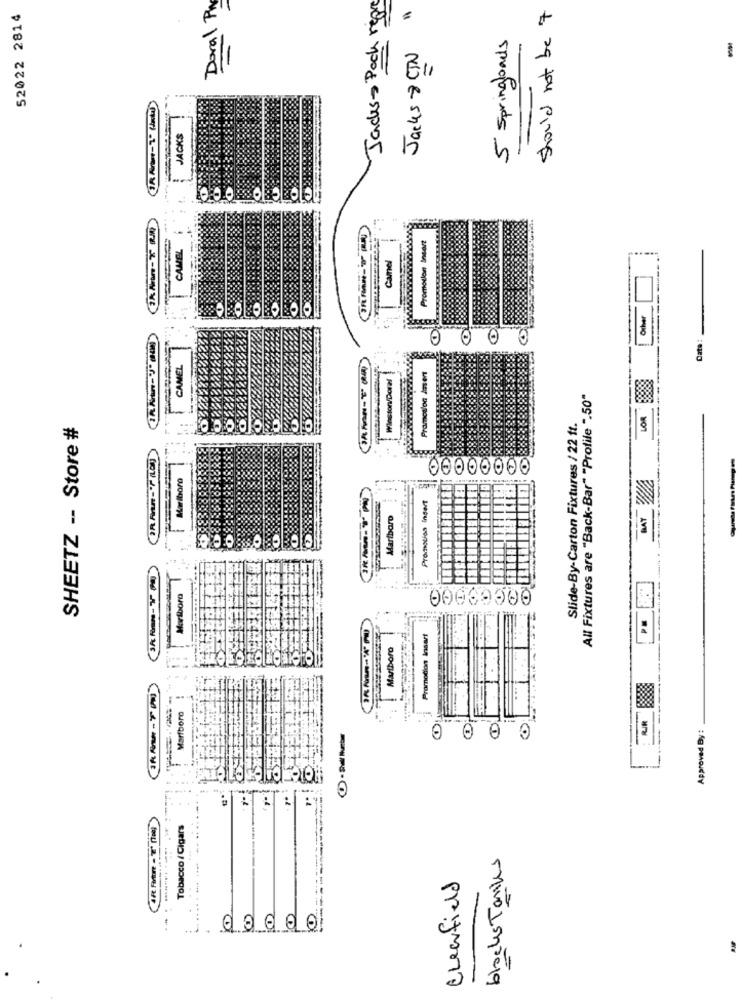
Deral Py
Jacks - Pack reps
should not be 7
52022 2814
5 Springloads
Jacks & CIN
-
JACKS
CIA Artnr-T RR.M.
Promotion Insert
CAMEL
Camel
.......
Oilver
O
Data
CAMEL
Promotion Assert
aston/Doral
LOR
-----
All Fixtures are "Back-Bar" "Prolife ".50"
Slide-By-Carton Fixtures / 22 ft.
SHEETZ -- Store #
00000000
Marlboro
BAY
Promotion Insert
Marlboro
Mariboro
00669300
Promotion Insert
Marlboro
Marlboro
O
O
Approved By :
5
0 000
Tobacco / Cigars
blocks Tankes
Clearfield
=